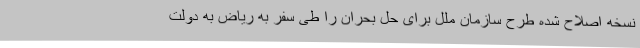
نسخه اصلاح شده طرح سازمان ملل برای حل بحران را طی سفر به ریاض به دولت